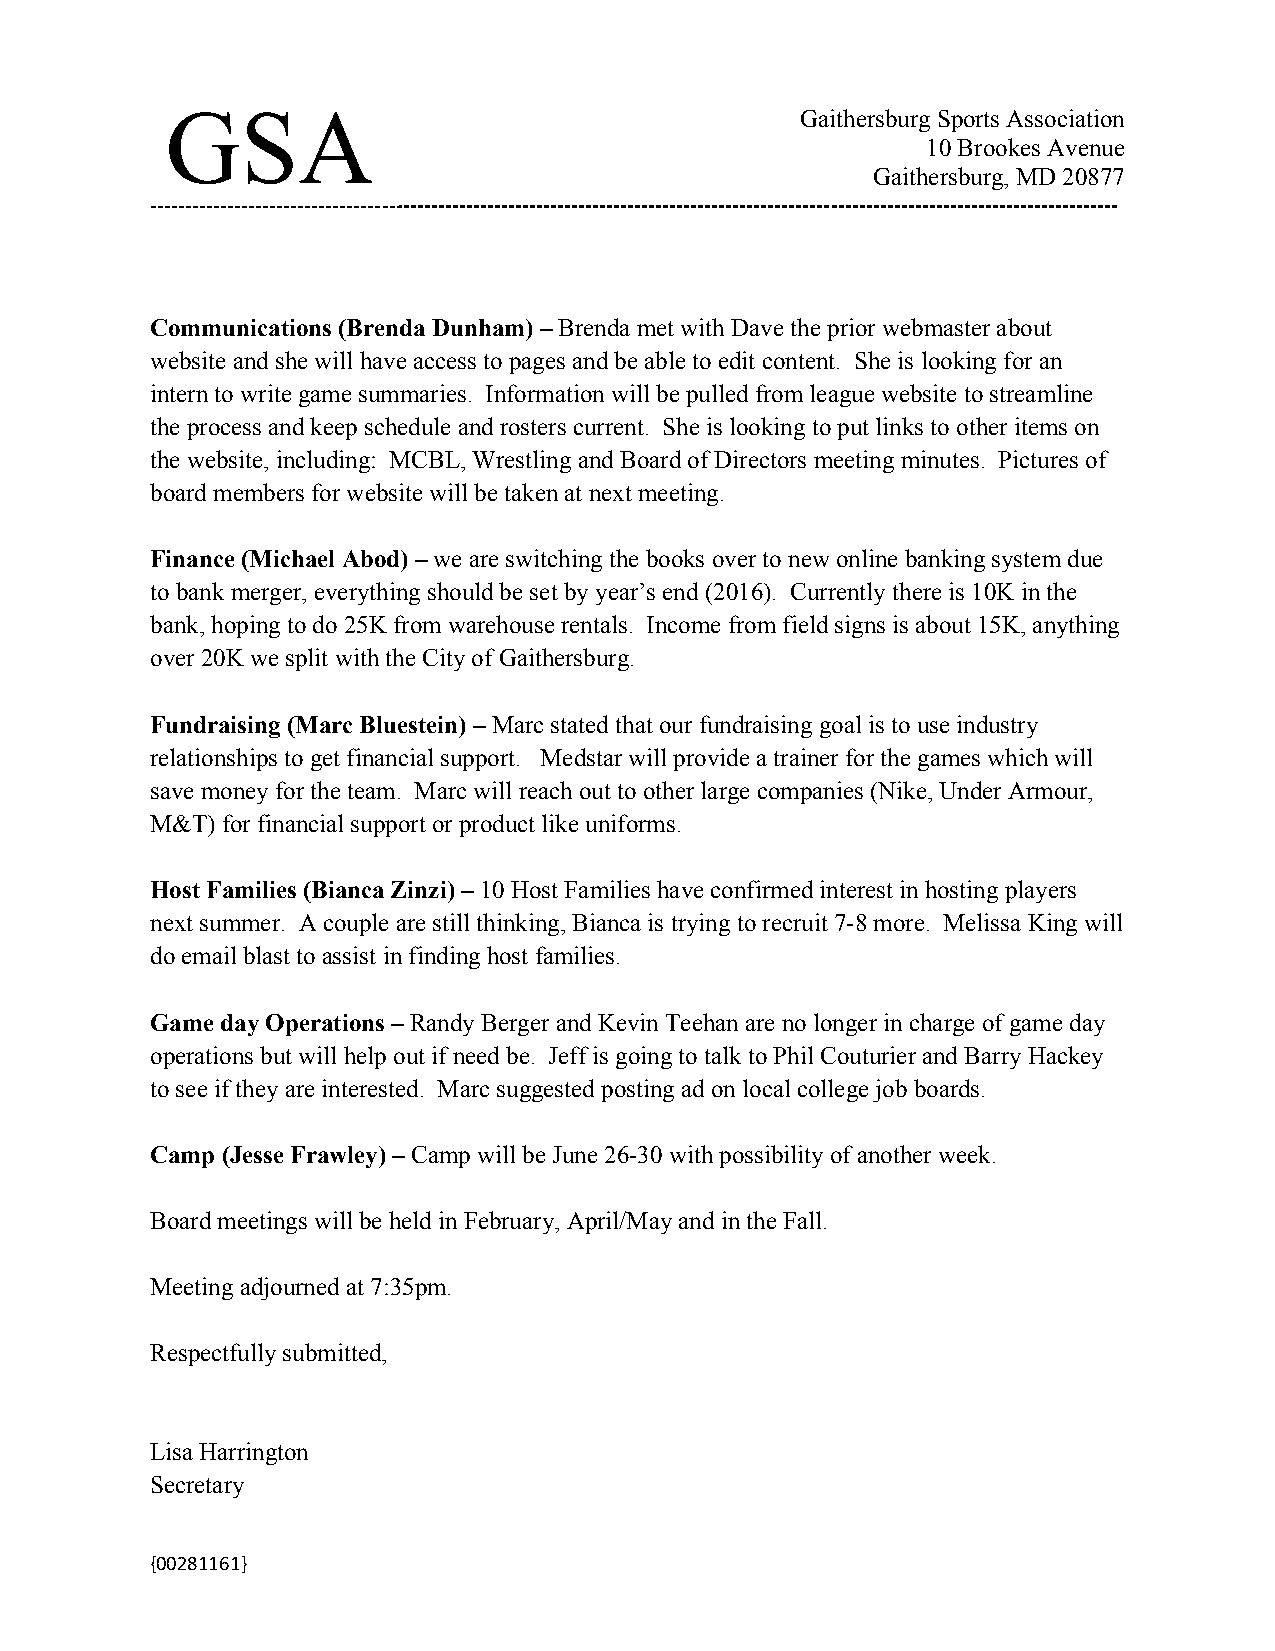
GSA
 Gaithersburg Sports Association
 10 Brookes Avenue
 Gaithersburg, MD 20877
 ------------------------------------------------------------------------------------------------------------------------------------------
 Communications (Brenda Dunham) – Brenda met with Dave the prior webmaster about
 website and she will have access to pages and be able to edit content. She is looking for an
 intern to write game summaries. Information will be pulled from league website to streamline
 the process and keep schedule and rosters current. She is looking to put links to other items on
 the website, including: MCBL, Wrestling and Board of Directors meeting minutes. Pictures of
 board members for website will be taken at next meeting.
 Finance (Michael Abod) – we are switching the books over to new online banking system due
 to bank merger, everything should be set by year’s end (2016). Currently there is 10K in the
 bank, hoping to do 25K from warehouse rentals. Income from field signs is about 15K, anything
 over 20K we split with the City of Gaithersburg.
 Fundraising (Marc Bluestein) – Marc stated that our fundraising goal is to use industry
 relationships to get financial support. Medstar will provide a trainer for the games which will
 save money for the team. Marc will reach out to other large companies (Nike, Under Armour,
 M&T) for financial support or product like uniforms.
 Host Families (Bianca Zinzi) – 10 Host Families have confirmed interest in hosting players
 next summer. A couple are still thinking, Bianca is trying to recruit 7-8 more. Melissa King will
 do email blast to assist in finding host families.
 Game day Operations – Randy Berger and Kevin Teehan are no longer in charge of game day
 operations but will help out if need be. Jeff is going to talk to Phil Couturier and Barry Hackey
 to see if they are interested. Marc suggested posting ad on local college job boards.
 Camp (Jesse Frawley) – Camp will be June 26-30 with possibility of another week.
 Board meetings will be held in February, April/May and in the Fall.
 Meeting adjourned at 7:35pm.
 Respectfully submitted,
 Lisa Harrington
 Secretary
 {00281161}